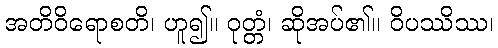
အတိဝိရောစတိ၊ ဟူ၍။ ဝုတ္တံ၊ ဆိုအပ်၏။ ဝိပဿိဿ၊